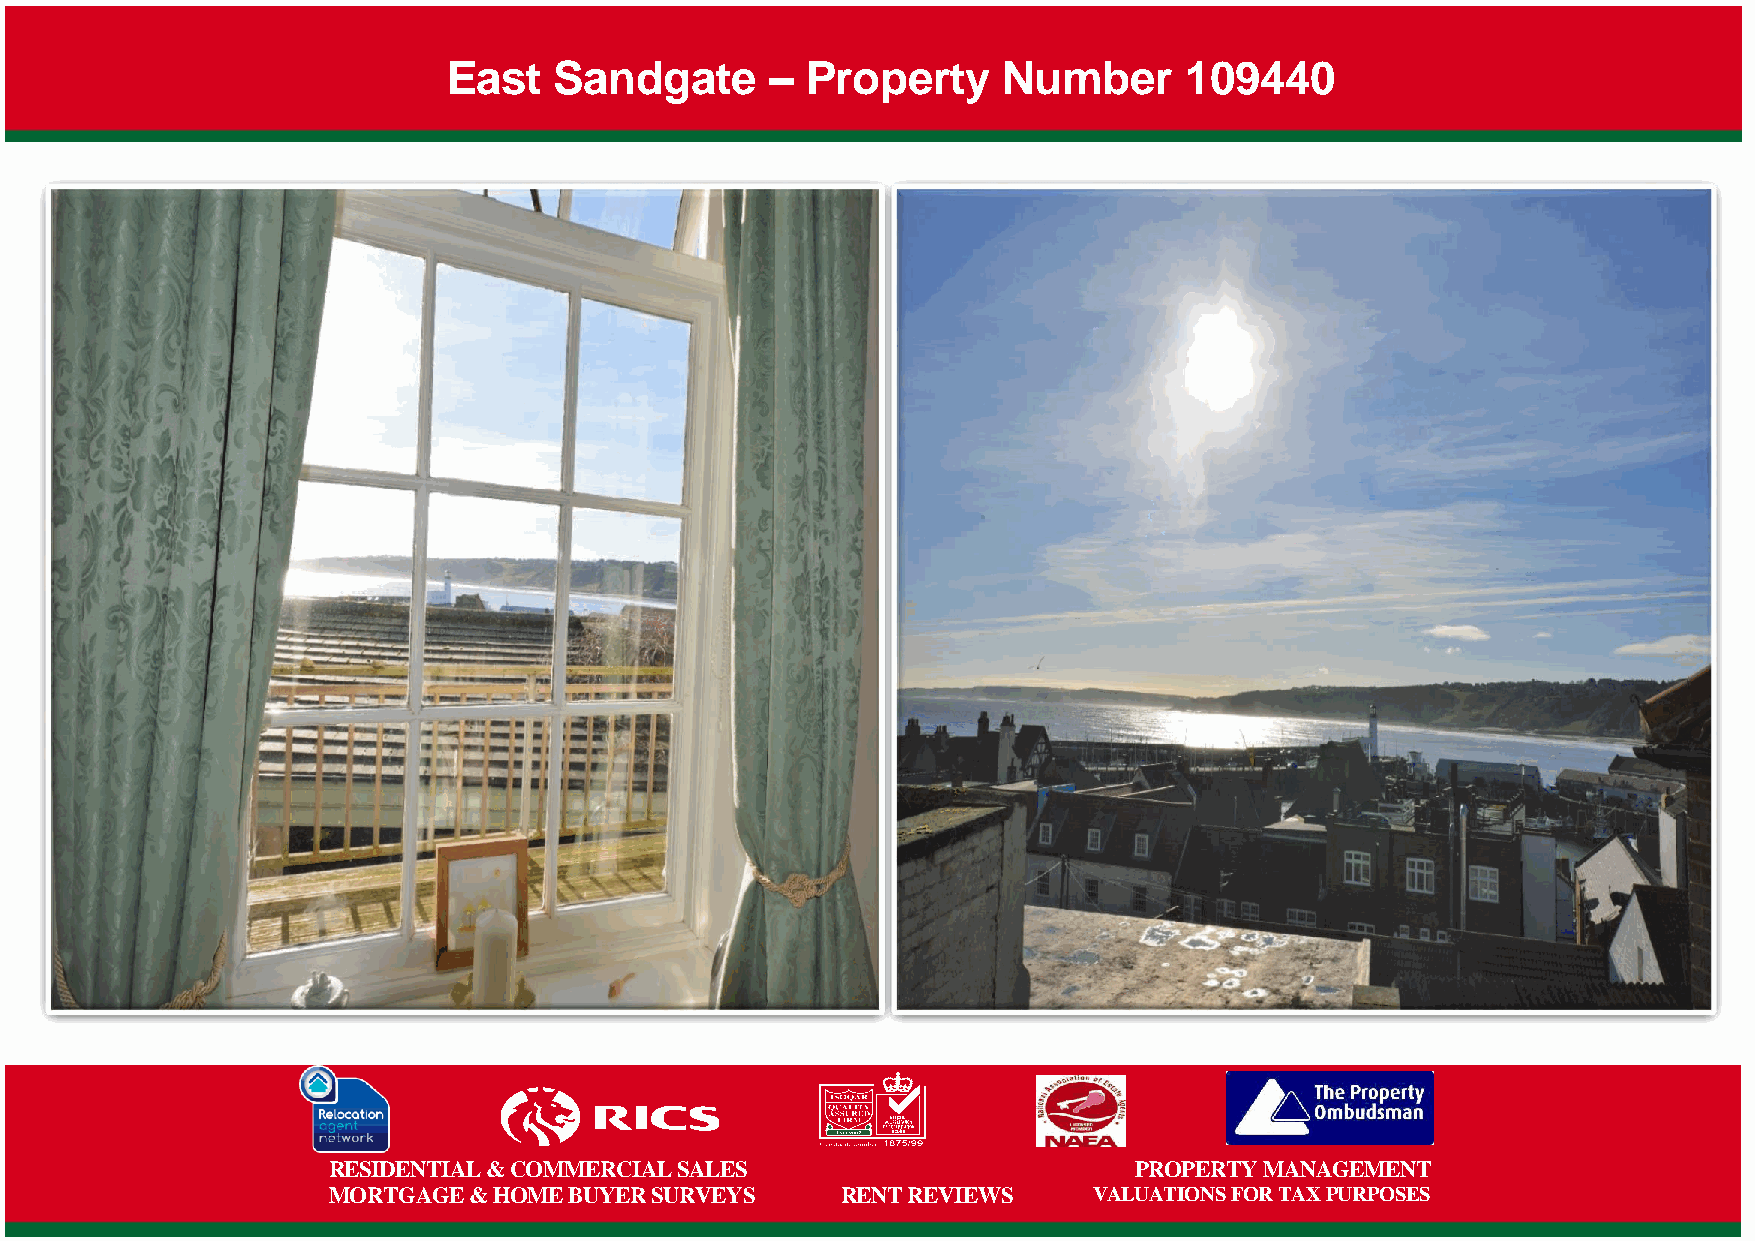
East   Sandgate      – Property     Number      109440
 RESIDENTIAL & COMMERCIAL SALES                       PROPERTY MANAGEMENT
 MORTGAGE & HOME BUYER SURVEYS     RENT REVIEWS    VALUATIONS FOR TAX PURPOSES